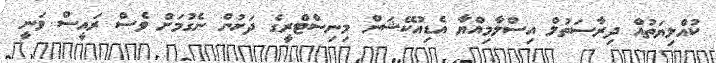
ކުއްލިޔަތުއް ދިރާސަތުލް އިސްލާމިއްޔާ އެޑިއުކޭޝަން މިނިސްޓްރީގެ ދަށުން ނެގުމަށް ވެސް ރައީސް ވަނީ